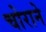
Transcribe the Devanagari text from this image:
चोराने